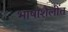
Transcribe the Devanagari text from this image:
भाषांशैलींत